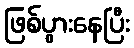
ဖြစ်ပွားနေပြီး